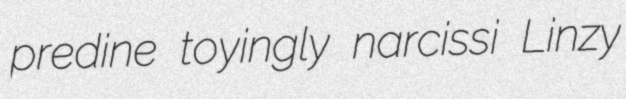
predine toyingly narcissi Linzy